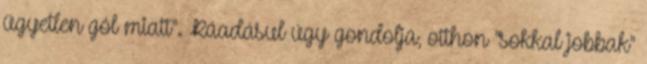
ügyetlen gól miatt". Ráadásul úgy gondolja, otthon "sokkal jobbak"